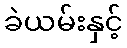
ခဲယမ်းနှင့်